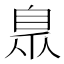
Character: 臮